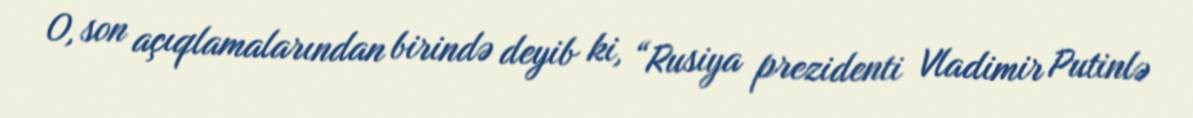
O, son açıqlamalarından birində deyib ki, “Rusiya prezidenti Vladimir Putinlə